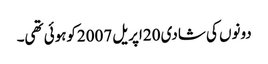
دونوں کی شادی 20اپریل 2007کوہوئی تھی۔